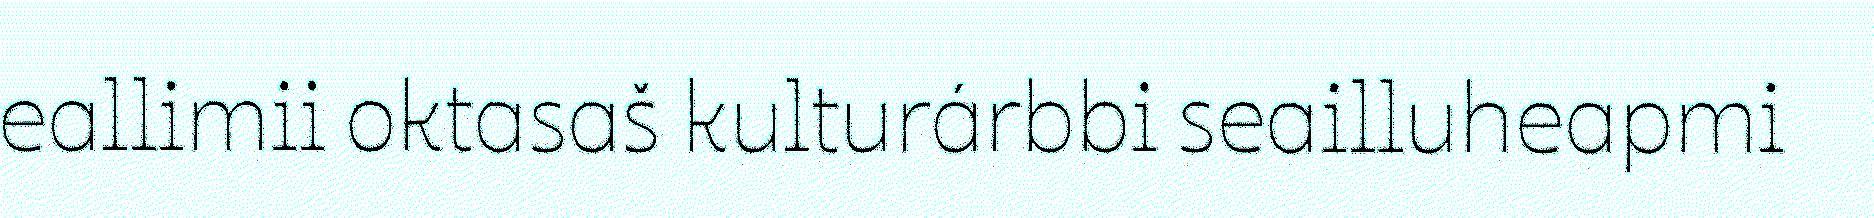
eallimii oktasaš kulturárbbi seailluheapmi